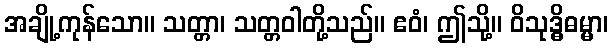
အချို့ကုန်သော။ သတ္တာ၊ သတ္တဝါတို့သည်။ ဧဝံ၊ ဤသို့။ ဝိသုဒ္ဓိဓမ္မာ၊